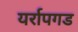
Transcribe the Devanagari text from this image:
यर्रापगड